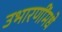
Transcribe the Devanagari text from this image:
उभारणींमधे